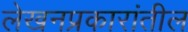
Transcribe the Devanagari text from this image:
लेखनप्रकारांतील